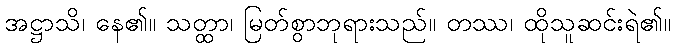
အဋ္ဌာသိ၊ နေ၏။ သတ္ထာ၊ မြတ်စွာဘုရားသည်။ တဿ၊ ထိုသူဆင်းရဲ၏။